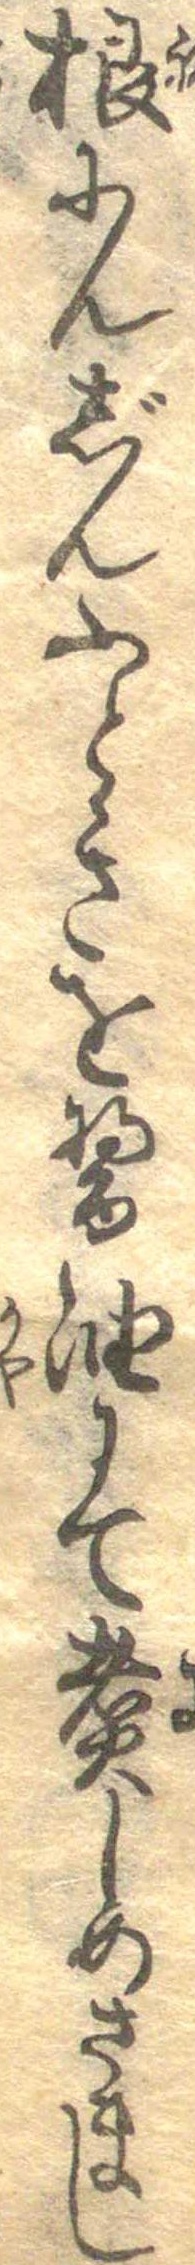
根にんじんふときを醤油にて煮しめさまし